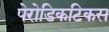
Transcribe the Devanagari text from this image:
पेरोडिकटिकस